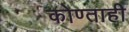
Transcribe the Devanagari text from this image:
कोण्ताही